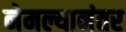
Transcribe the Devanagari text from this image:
नेमल्यानंतर